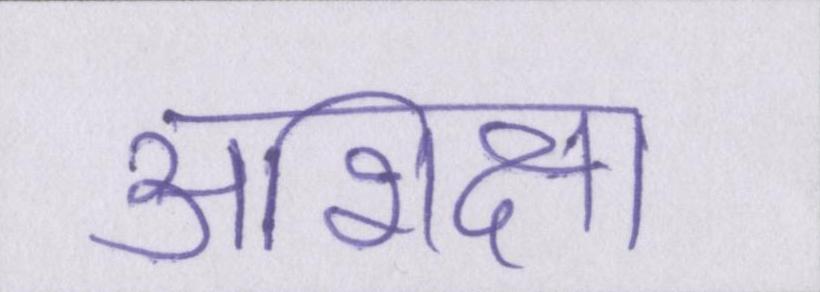
अशिक्षा